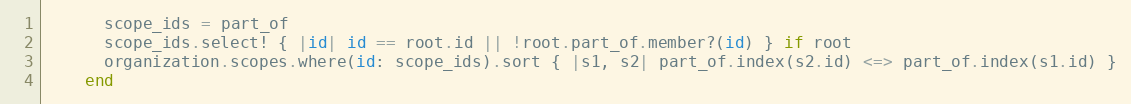
Language: Ruby
      scope_ids = part_of
      scope_ids.select! { |id| id == root.id || !root.part_of.member?(id) } if root
      organization.scopes.where(id: scope_ids).sort { |s1, s2| part_of.index(s2.id) <=> part_of.index(s1.id) }
    end